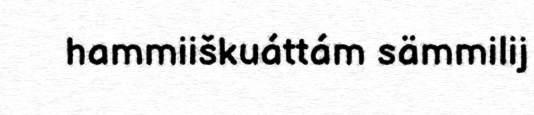
hammiiškuáttám sämmilij